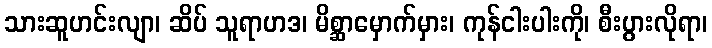
သားဆူဟင်းလျာ၊ ဆိပ် သူရာဟဒ၊ မိစ္ဆာမှောက်မှား၊ ကုန်ငါးပါးကို၊ စီးပွားလိုရာ၊